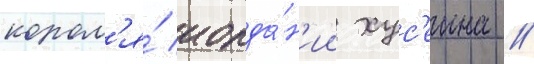
корол'я́ иорда́н'ии хус'еина //